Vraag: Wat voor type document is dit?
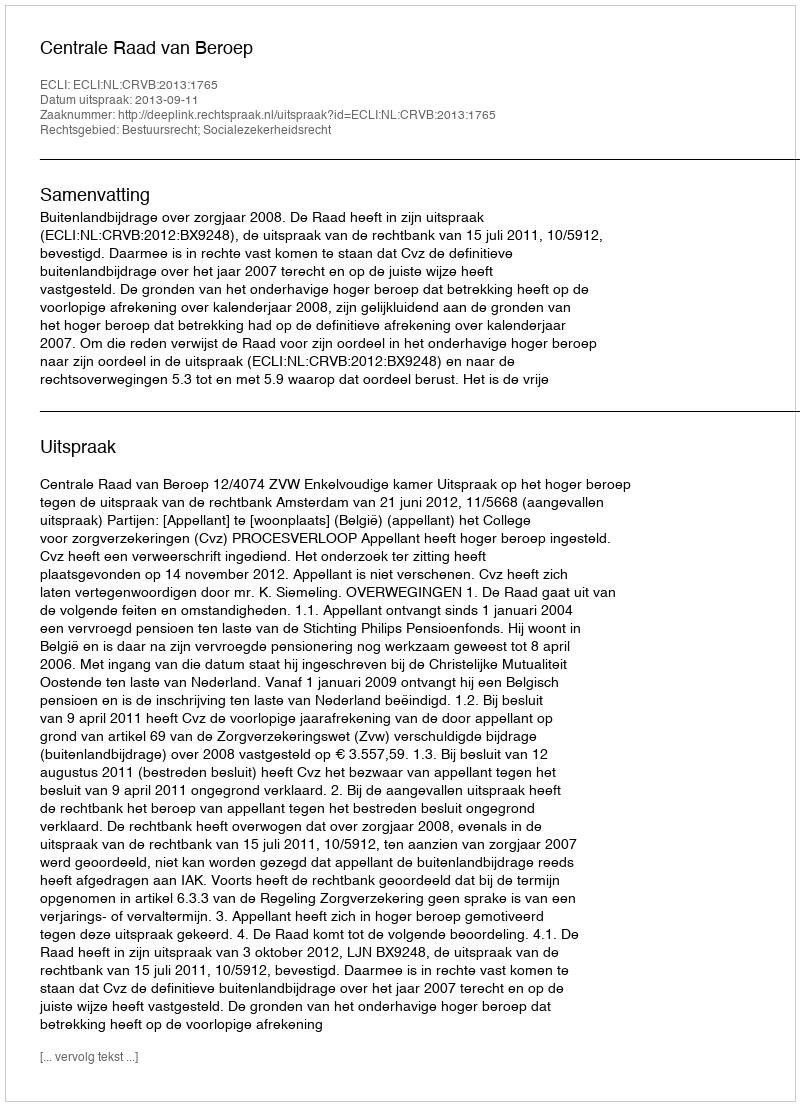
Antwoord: Uitspraak